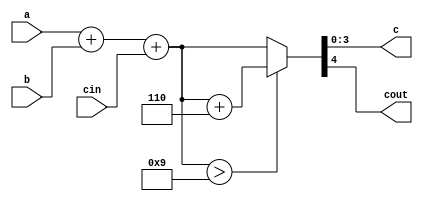
`timescale 1ns / 1ps

//output the sum of two single BCD coded number a+b to c
module bcd_bit(input wire[3:0] a,b,
                output wire[3:0] c,
                input wire cin,
                output wire cout
                );

    wire [4:0] t;
    assign t={1'b0,a}+{1'b0,b}+{4'b0,cin};
    assign {cout,c}=(t>5'd9)?t+5'd6:t;

endmodule

// output the results of BCD code a+b to c
module bcd_adder(input wire[11:0] a,b,
                 output wire[11:0] c);

    wire [1:0] out;
    bcd_bit bcd0 (.a(a[3:0]),.b(b[3:0]),.c(c[3:0]),.cin(1'b0),.cout(out[0]));
    bcd_bit bcd1 (.a(a[7:4]),.b(b[7:4]),.c(c[7:4]),.cin(out[0]),.cout(out[1]));
    bcd_bit bcd2 (.a(a[11:8]),.b(b[11:8]),.c(c[11:8]),.cin(out[1]));

endmodule


module addScore(
	input hit,
  input rst,
	input [1:0] lineCount,
	output reg[11:0] score
);

initial score=0;

reg [11:0] t=12'h001;

// map the lines to the score
always@(*)begin
  case(lineCount)
    2'b00:t<=12'h001;
    2'b01:t<=12'h004;
    2'b10:t<=12'h009;
    2'b11:t<=12'h016;
  endcase
end

wire[11:0] update;

// add the scores accordingly to wire update
bcd_adder b0 (score,t,update);

// when reset, score = 0
always@(posedge hit or posedge rst) begin
  if(rst==1'b1) score<=12'h000;
  else score<=update;
end

endmodule